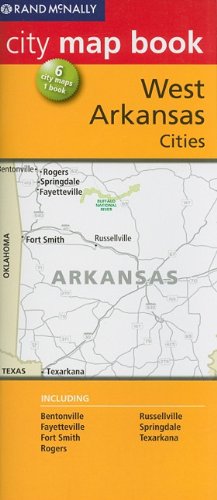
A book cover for Rand McNally City Map Book: West Arkansas Cities (Rand McNally City Map Books); Travel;